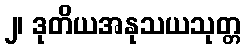
၂၊ ဒုတိယအနုသယသုတ္တ